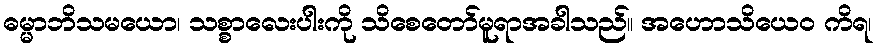
ဓမ္မာဘိသမယော၊ သစ္စာလေးပါးကို သိစေတော်မူရာအခါသည်။ အဟောသိယေဝ ကိရ၊